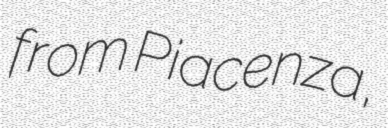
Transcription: from Piacenza,